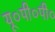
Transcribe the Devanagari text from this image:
यू०पी०पी०